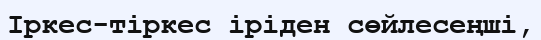
Іркес-тіркес іріден сөйлесеңші,